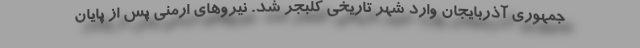
جمهوری آذربایجان وارد شهر تاریخی کلبجر شد. نیروهای ارمنی پس از پایان